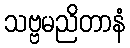
သဗ္ဗမညိတာနံ